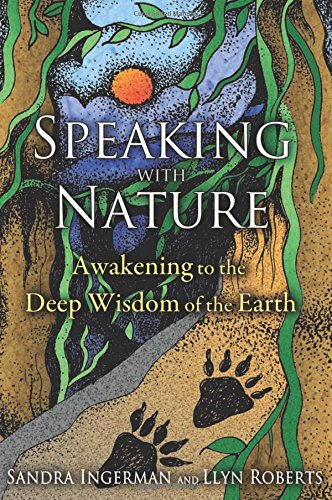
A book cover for Speaking with Nature: Awakening to the Deep Wisdom of the Earth; Sandra Ingerman; Science & Math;